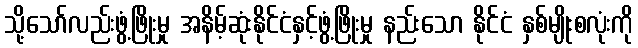
သို့သော်လည်းဖွံ့ဖြိုးမှု အနိမ့်ဆုံးနိုင်ငံနှင့်ဖွံ့ဖြိုးမှု နည်းသော နိုင်ငံ နှစ်မျိုးစလုံးကို